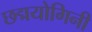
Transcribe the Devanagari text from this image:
छद्मयोगिनी